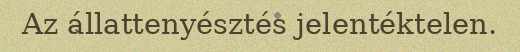
Az állattenyésztés jelentéktelen.